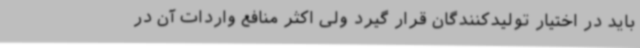
باید در اختیار تولیدکنندگان قرار گیرد ولی اکثر منافع واردات آن در